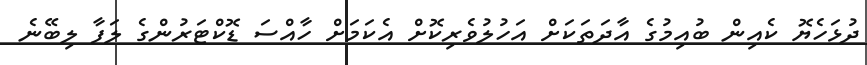
ދުޅަހެޔޮ ކެއިން ބުއިމުގެ އާދަތަކަށް އަހުލުވެރިކޮށް އެކަމަށް ހާއްސަ ޑޮކްޓަރުންގެ ލަފާ ލިބޭނެ